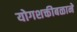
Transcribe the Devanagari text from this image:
योगशक्तीबळाने